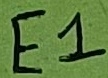
Text: E1